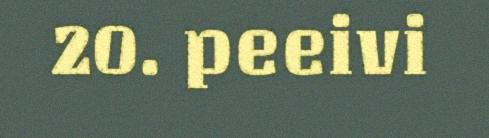
20. peeivi